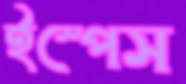
ইস্পেস